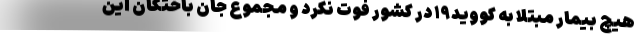
هیچ بیمار مبتلا به کووید۱۹ در کشور فوت نکرد و مجموع جان باختگان این